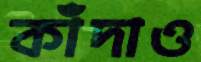
কাঁদাও